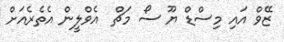
ޒޭވް އައި މިސްޑް ޔޫ ސޯ މަޗް  އެވްލީން އެތެރެއަށް